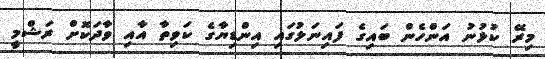
މިރޭ ކުޅުނު އަންހެން ބައިގެ ފައިނަލުގައި އިންޑިޔާގެ ކަވިތާ އާއި ވާދަކޮށް ރަޝްމީ